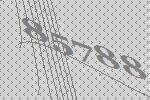
85788